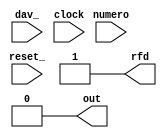
/**
 *       Come secondo esempio di rete sequenziale sincronizzata, descriviamo
 *       un consumatore che riceve da un produttore, tramite la variabile
 *       numero, un flusso di byte (8 bit), elabora i byte ricevuti ed emette,
 *       tramite la variabile di uscita out, degli impulsi di durata
 *       correlata ai risultati delle elaborazioni. Per regolamentare il
 *       flusso di byte da elaborare, il consumatore e il produttore
 *       sostengono anche un opportuno colloquio (handshake) tramite la coppia
 *       di variabili /dav (data valid) (N.B: attiva bassa) e rfd (ready for
 *       data).
 *
 *       Piu' nel dettaglio valgono le seguenti specifiche:
 *       1. Specifiche sullo handshake /dav, rfa fra produttore e consumatore:
 *          Partendo da una condizione iniziale in cui /dav e' a 1 (a indicare
 *          che nessun nuovo byte e' fornito dal produttore come stato della
 *          variabile numero) e rfd e' a 1 (a indicare che il consumatore e'
 *          disponibile a prelevare ed elaborare un nuobo byte), il produttore
 *          come la prima mossa presentando un nuovo byte come stato della
 *          variabile numero e ponendo poi, a notifica di cio', /dav a 0.
 *          A questo punto il consumatore preleva il byte, pone rfd a 0 (a
 *          indicare che non e' ulteriormente disponibile a prelevare altri
 *          byte) e inizia a utilizzare il byte prelevato. Il produttore puo'
 *          allora riportare /dav a 1 e attendere che il consumatore, utilizzato
 *          il byte, riporti rfd a 1 (ripristino delle condizioni iniziali).
 *       
 *       2. Specifiche sull'uso, da parte del consumatore, del byte prelevato:
 *          Il consumatore utilizza il byte prelevato interpretandolo come un
 *          numero naturale n in base due e portando a 1 la variabile di
 *          uscita out, di un registro operativo OUT a un bit per supportare
 *          la variabile di uscita out, di un registro operativo RFD a un bit
 *          per supportare la variabile di uscita rfd e di un registro
 *          operativo COUNT a otto bit per memorizzare il byte fornito dal
 *          produttore e poi per contare il tempo in cui la variabile out deve
 *          stare a 1.
 *          
 *          Il consumatore puo' quindi essere descritto a livello di linguaggio
 *          di trasferimento tra registri, come riporrtato di seguito:
 *       
 *         Created on 23/05/2019.
 */

module Formatore_di_Impulsi(dav_, rfd, numero, out, clock, reset_);
    input clock, reset_;
    input dav_;
    input [7:0] numero;

    output rfd;
    output out;

    reg RFD;
    assign rfd = RFD;

    reg OUT;
    assign out = OUT;

    reg [7:0] COUNT;
    reg [1:0] STAR;

    parameter s0 = 'B00, s1 = 'B01, s2 = 'B10;

    always @(reset_ == 0) #1
        begin
            RFD <= 1;
            OUT <= 0;
            STAR <= s0;
        end

    always @(posedge clock) if (reset_ == 1) #3
        casex(STAR)
            s0: begin
                    RFD <= 1;
                    OUT <= 0;
                    COUNT <= numero;
                    STAR <= (dav_ == 1)?s0:s1;
                end

            s1: begin
                    RFD <= 0;
                    OUT <= 1;
                    COUNT <= COUNT - 1;
                    STAR <= (COUNT == 1)?s2:s1;
                end

            s2: begin
                    RFD <= 0;
                    OUT <= 0;
                    STAR <= (dav_ == 1)?s0:s2;
                end
        endcase
endmodule

/*
 * Nello statement di etichetta s0 sono descritti l'attesa della notifica
 * della presenza di un byte utile come stato della variabile numero ed il
 * prelievo e la memorizzazione nel registro COUNT di tale byte; nello
 * statement di etichetta s1 sono descritti la risposta al produttore che il
 * byte utile e' stato prelevato, il settaggio della variabile di uscita out
 * e il conteggio del tempo in cui essa deve rimanere a 1; nello statement di
 * etichetta s2 sono descritti la messa a 0 del valore della variabile di
 * uscita out e il ritrno nelle condizioni iniziali (previa verifica
 * e eventuale attesa che il produttore abbia chiuso il colloquio).
 */